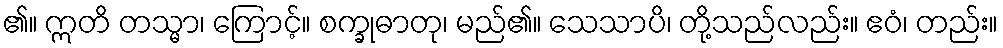
၏။ ဣတိ တသ္မာ၊ ကြောင့်။ စက္ခုဓာတု၊ မည်၏။ သေသာပိ၊ တို့သည်လည်း။ ဧဝံ၊ တည်း။